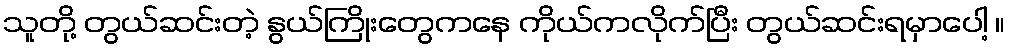
သူတို့ တွယ်ဆင်းတဲ့ နွယ်ကြိုးတွေကနေ ကိုယ်ကလိုက်ပြီး တွယ်ဆင်းရမှာပေါ့ ။